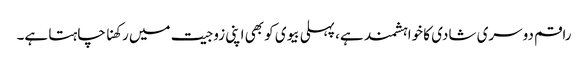
راقم دوسری شادی کا خواہشمند ہے، پہلی بیوی کو بھی اپنی زوجیت میں رکھنا چاہتا ہے۔